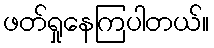
ဖတ်ရှုနေကြပါတယ်။